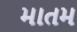
માતમ